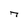
Character: 7